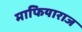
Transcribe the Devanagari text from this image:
माफियाराज